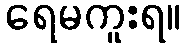
ရေမကူးရ။